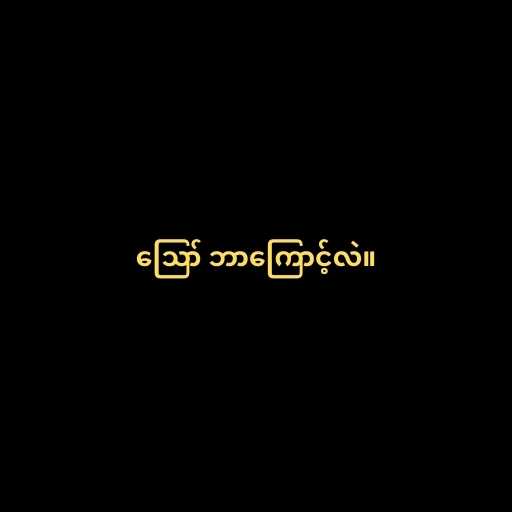
ဪ ဘာကြောင့်လဲ။